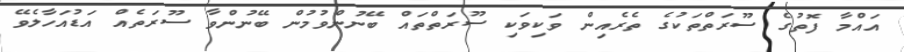
އައްމާ ފޮތުގެ ސޫރަތްތަކުގެ ތެރެއިން ވަކިވަކި ސޫރަތްތައް ބޭނުންވުމުން ބޭނުންވާ ސޫރަތެއް އަޑުއަހާލެވޭ